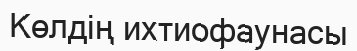
Көлдің ихтиофаунасы